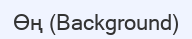
Өң (Background)